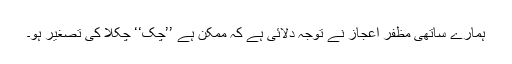
ہمارے ساتھی مظفر اعجاز نے توجہ دلائی ہے کہ ممکن ہے ’’چک‘‘ چکلا کی تصغیر ہو۔